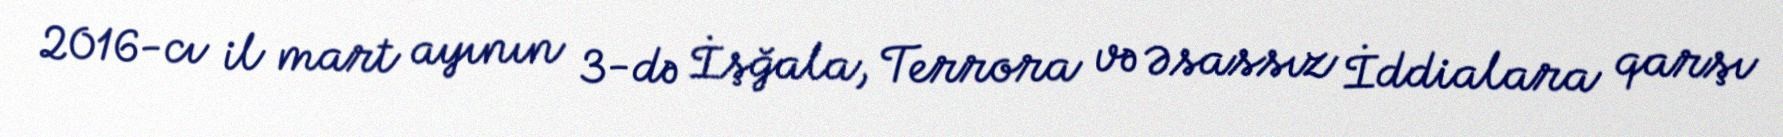
2016-cı il mart ayının 3-də İşğala, Terrora və Əsassız İddialara qarşı